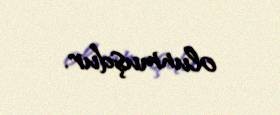
olunmuşdur.